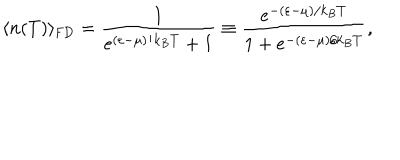
LaTeX: \langle n ( T ) \rangle _ { \mathrm { { F D } } } = \frac { 1 } { e ^ { ( \varepsilon - \mu ) / k _ { B } T } + 1 } \equiv \frac { e ^ { - ( \varepsilon - \mu ) / k _ { B } T } } { 1 + e ^ { - ( \varepsilon - \mu ) / k _ { B } T } } ,